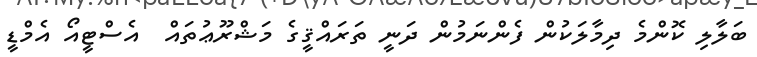
ބަލާލި ކޮންމެ ދިމާލަކުން ފެންނަމުން ދަނީ ތަރައްޤީގެ މަޝްރޫޢުތައް  އެސްޓީއޯ އެމްޑީ